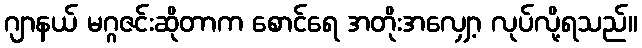
ဂျာနယ် မဂ္ဂဇင်းဆိုတာက စောင်ရေ အတိုးအလျှော့ လုပ်လို့ရသည်။